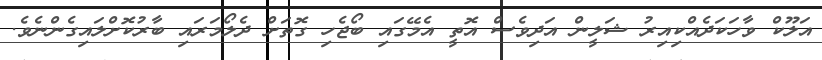
އަލޫކް ވާހަކަދެއްކިއިރު ޝަލީން އަދިވެސް އޮތީ އެމޭގައި ބޯޖެހި ގޮތަށް ދެލޯމަރައި ބާރުކޮށްލައިގެންނެވެ.